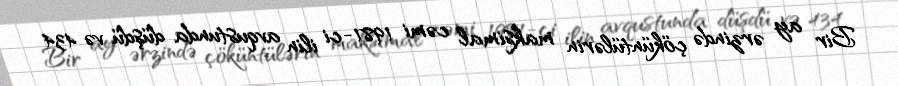
Bir ay ərzində çöküntülərin maksimal cəmi 1981-ci ilin avqustunda düşdü və 434